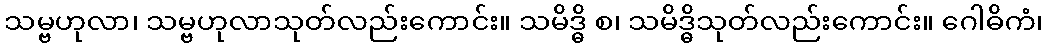
သမ္ဗဟုလာ၊ သမ္ဗဟုလာသုတ်လည်းကောင်း။ သမိဒ္ဓိ စ၊ သမိဒ္ဓိသုတ်လည်းကောင်း။ ဂေါဓိကံ၊